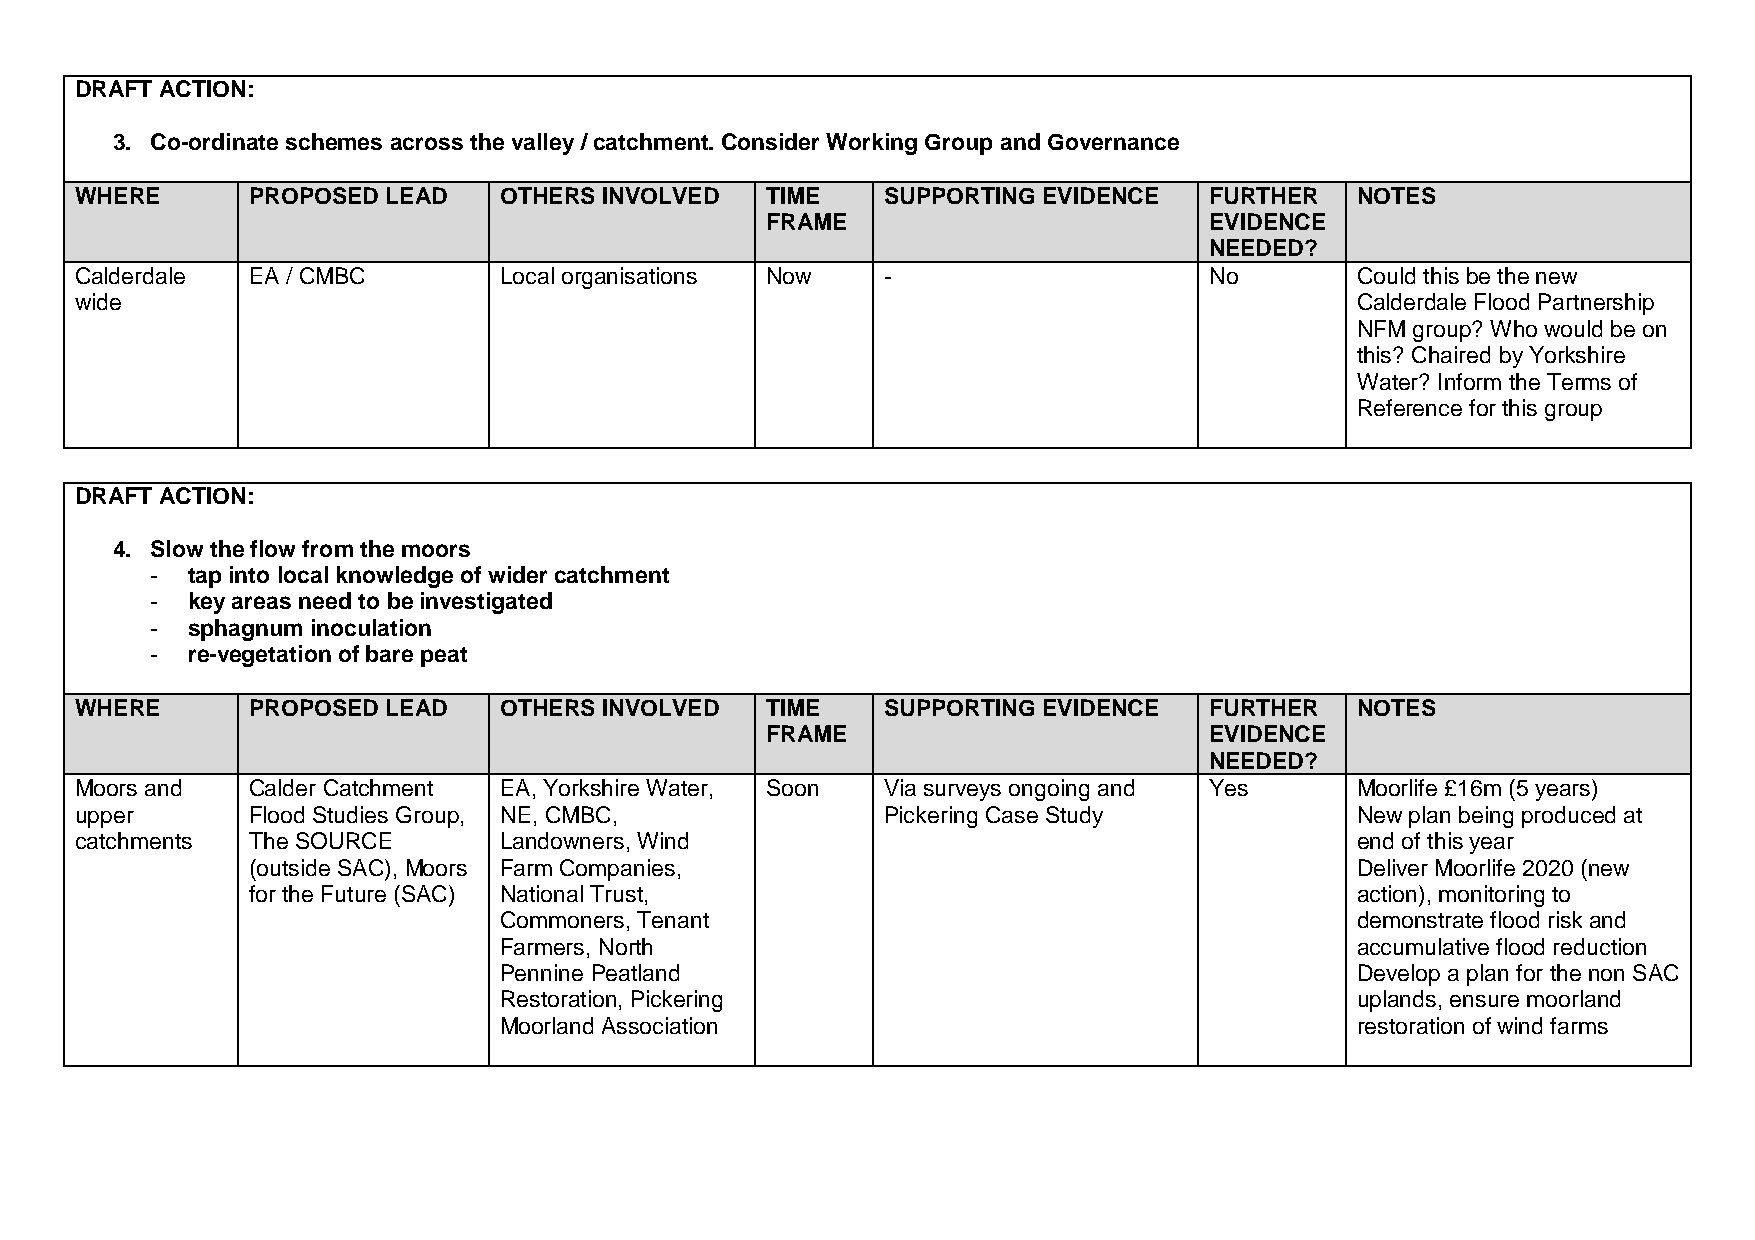
DRAFT ACTION:
 3. Co-ordinate schemes across the valley / catchment. Consider Working Group and Governance
 WHERE      PROPOSED  LEAD   OTHERS INVOLVED   TIME    SUPPORTING EVIDENCE  FURTHER   NOTES
 FRAME                        EVIDENCE
 NEEDED?
 Calderdale EA / CMBC        Local organisations Now   -                    No        Could this be the new
 wide                                                                                 Calderdale Flood Partnership
 NFM group? Who would be on
 this? Chaired by Yorkshire
 Water? Inform the Terms of
 Reference for this group
 DRAFT ACTION:
 4. Slow the flow from the moors
 - tap into local knowledge of wider catchment
 - key areas need to be investigated
 - sphagnum inoculation
 - re-vegetation of bare peat
 WHERE      PROPOSED  LEAD   OTHERS INVOLVED   TIME    SUPPORTING EVIDENCE  FURTHER   NOTES
 FRAME                        EVIDENCE
 NEEDED?
 Moors and  Calder Catchment EA, Yorkshire Water, Soon Via surveys ongoing and Yes    Moorlife £16m (5 years)
 upper      Flood Studies Group, NE, CMBC,             Pickering Case Study           New plan being produced at
 catchments The SOURCE       Landowners, Wind                                         end of this year
 (outside SAC), Moors Farm Companies,                                      Deliver Moorlife 2020 (new
 for the Future (SAC) National Trust,                                      action), monitoring to
 Commoners, Tenant                                        demonstrate flood risk and
 Farmers, North                                           accumulative flood reduction
 Pennine Peatland                                         Develop a plan for the non SAC
 Restoration, Pickering                                   uplands, ensure moorland
 Moorland Association                                     restoration of wind farms